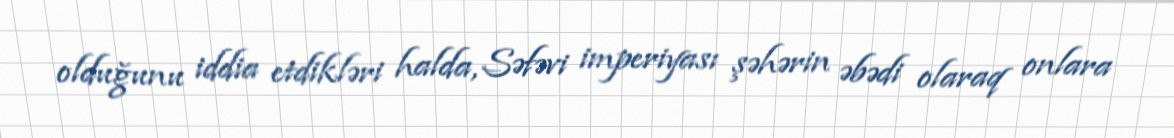
olduğunu iddia etdikləri halda, Səfəvi imperiyası şəhərin əbədi olaraq onlara